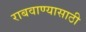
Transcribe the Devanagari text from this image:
राबवाण्यासाठी